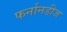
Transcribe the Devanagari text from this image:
फर्नानडीज